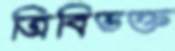
ত্রিবিভক্ত